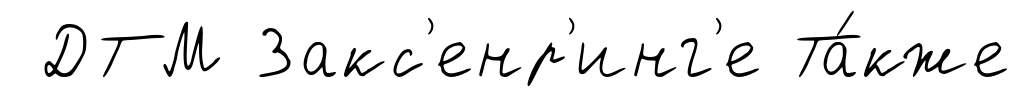
ДТМ Закс'енр'инг'е Та́кже